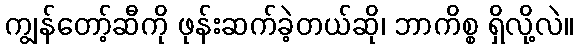
ကျွန်တော့်ဆီကို ဖုန်းဆက်ခဲ့တယ်ဆို၊ ဘာကိစ္စ ရှိလို့လဲ။